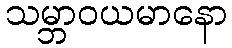
သမ္ဘာဝယမာနော